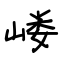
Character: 嵝